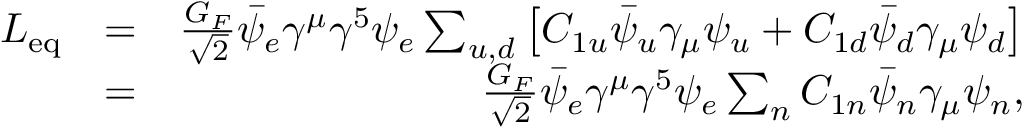
\begin{array} { r l r } { { \cal L } _ { \mathrm { e q } } } & { = } & { \frac { G _ { F } } { \sqrt { 2 } } \bar { \psi } _ { e } \gamma ^ { \mu } \gamma ^ { 5 } \psi _ { e } \sum _ { u , d } \left[ C _ { 1 u } \bar { \psi } _ { u } \gamma _ { \mu } \psi _ { u } + C _ { 1 d } \bar { \psi } _ { d } \gamma _ { \mu } \psi _ { d } \right] } \\ & { = } & { \frac { G _ { F } } { \sqrt { 2 } } \bar { \psi } _ { e } \gamma ^ { \mu } \gamma ^ { 5 } \psi _ { e } \sum _ { n } C _ { 1 n } \bar { \psi } _ { n } \gamma _ { \mu } \psi _ { n } , } \end{array}